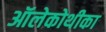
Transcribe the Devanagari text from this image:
ऑलेकोथीका